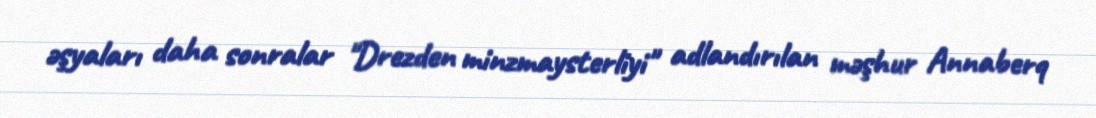
əşyaları daha sonralar "Drezden minzmaysterliyi" adlandırılan məşhur Annaberq